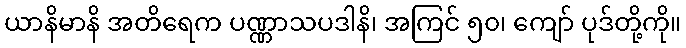
ယာနိမာနိ အတိရေက ပဏ္ဏာသပဒါနိ၊ အကြင် ၅၀၊ ကျော် ပုဒ်တို့ကို။